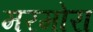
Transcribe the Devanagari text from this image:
मरमोरा